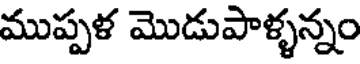
ముప్పళ మొడుపాళ్ళన్నం